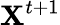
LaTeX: \mathbf{X}^{t+1}